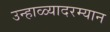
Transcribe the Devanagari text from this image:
उन्हाळ्यादरम्यान